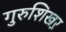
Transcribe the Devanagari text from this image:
गुरुशिखऱ